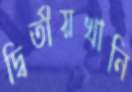
দ্বিতীয়খানি